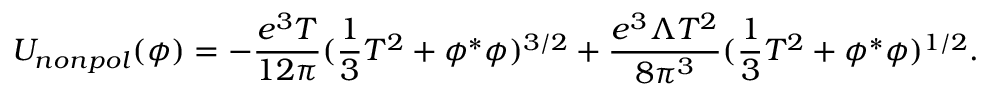
U _ { n o n p o l } ( \phi ) = - { \frac { e ^ { 3 } T } { 1 2 \pi } } ( { \frac { 1 } { 3 } } T ^ { 2 } + \phi ^ { * } \phi ) ^ { 3 / 2 } + { \frac { e ^ { 3 } \Lambda T ^ { 2 } } { 8 \pi ^ { 3 } } } ( { \frac { 1 } { 3 } } T ^ { 2 } + \phi ^ { * } \phi ) ^ { 1 / 2 } .